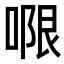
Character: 𭉑